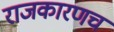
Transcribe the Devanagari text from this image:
राजकारणच